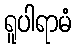
ရူပါရာမံ